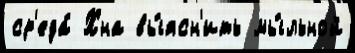
ср'еда́ Хна вы́ясн'ить мы́льной